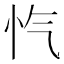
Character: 忾